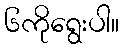
၆ကိုရွေးပါ။